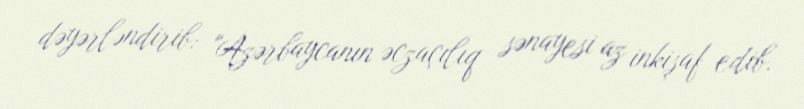
dəyərləndirib: "Azərbaycanın əczaçılıq sənayesi az inkişaf edib.